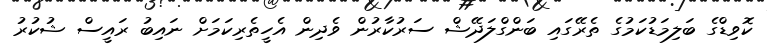
ކޮވިޑްގެ ބަލިމަޑުކަމުގެ ތެރޭގައި ބަންގްލަދޭޝް ސަރުކާރުން ވެދިން އެހީތެރިކަމަށް ނައިބު ރައީސް ޝުކުރު